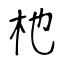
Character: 杝